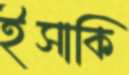
ইসাকি